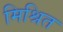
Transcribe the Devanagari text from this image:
मिश्रित